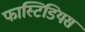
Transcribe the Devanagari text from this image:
फास्टिडियस